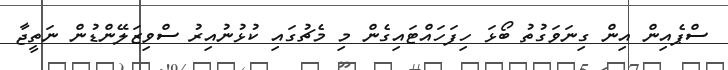
ސްޕެއިން އިން ގިނަވަގުތު ބޯޅަ ހިފަހައްޓައިގެން މި މެޗުގައި ކުޅުނުއިރު ސްވިޒަލޭންޑުން ނަތީޖާ